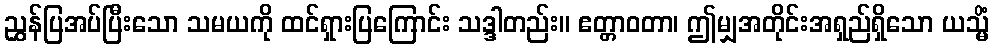
ညွှန်ပြအပ်ပြီးသော သမယကို ထင်ရှားပြကြောင်း သဒ္ဒါတည်း။ ဧတ္တာဝတာ၊ ဤမျှအတိုင်းအရှည်ရှိသော ယသ္မိံ